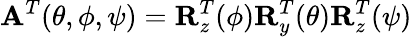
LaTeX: {\mathbf A}^{T}(\theta,\phi,\psi)={\mathbf R}_{z}^{T}(\phi){\mathbf R}_{y}^{T}(\theta){\mathbf R}_{z}^{T}(\psi)